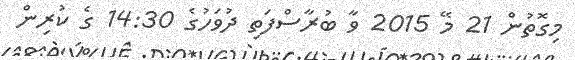
މިގޮތުން 21 މޭ 2015 ވާ ބުރާސްފަތި ދުވަހުގެ 14:30 ގެ ކުރިން